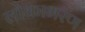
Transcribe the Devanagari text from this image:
लोकाभरण